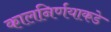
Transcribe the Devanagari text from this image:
कालनिर्णयाकडे